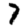
Digit: 7